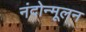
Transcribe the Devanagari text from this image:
नंदोन्मूलन